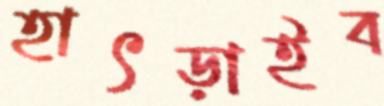
হাৎড়াইব